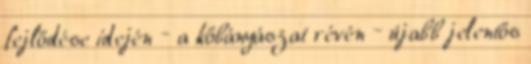
fejlődése idején – a kőbányászat révén – újabb jelentős